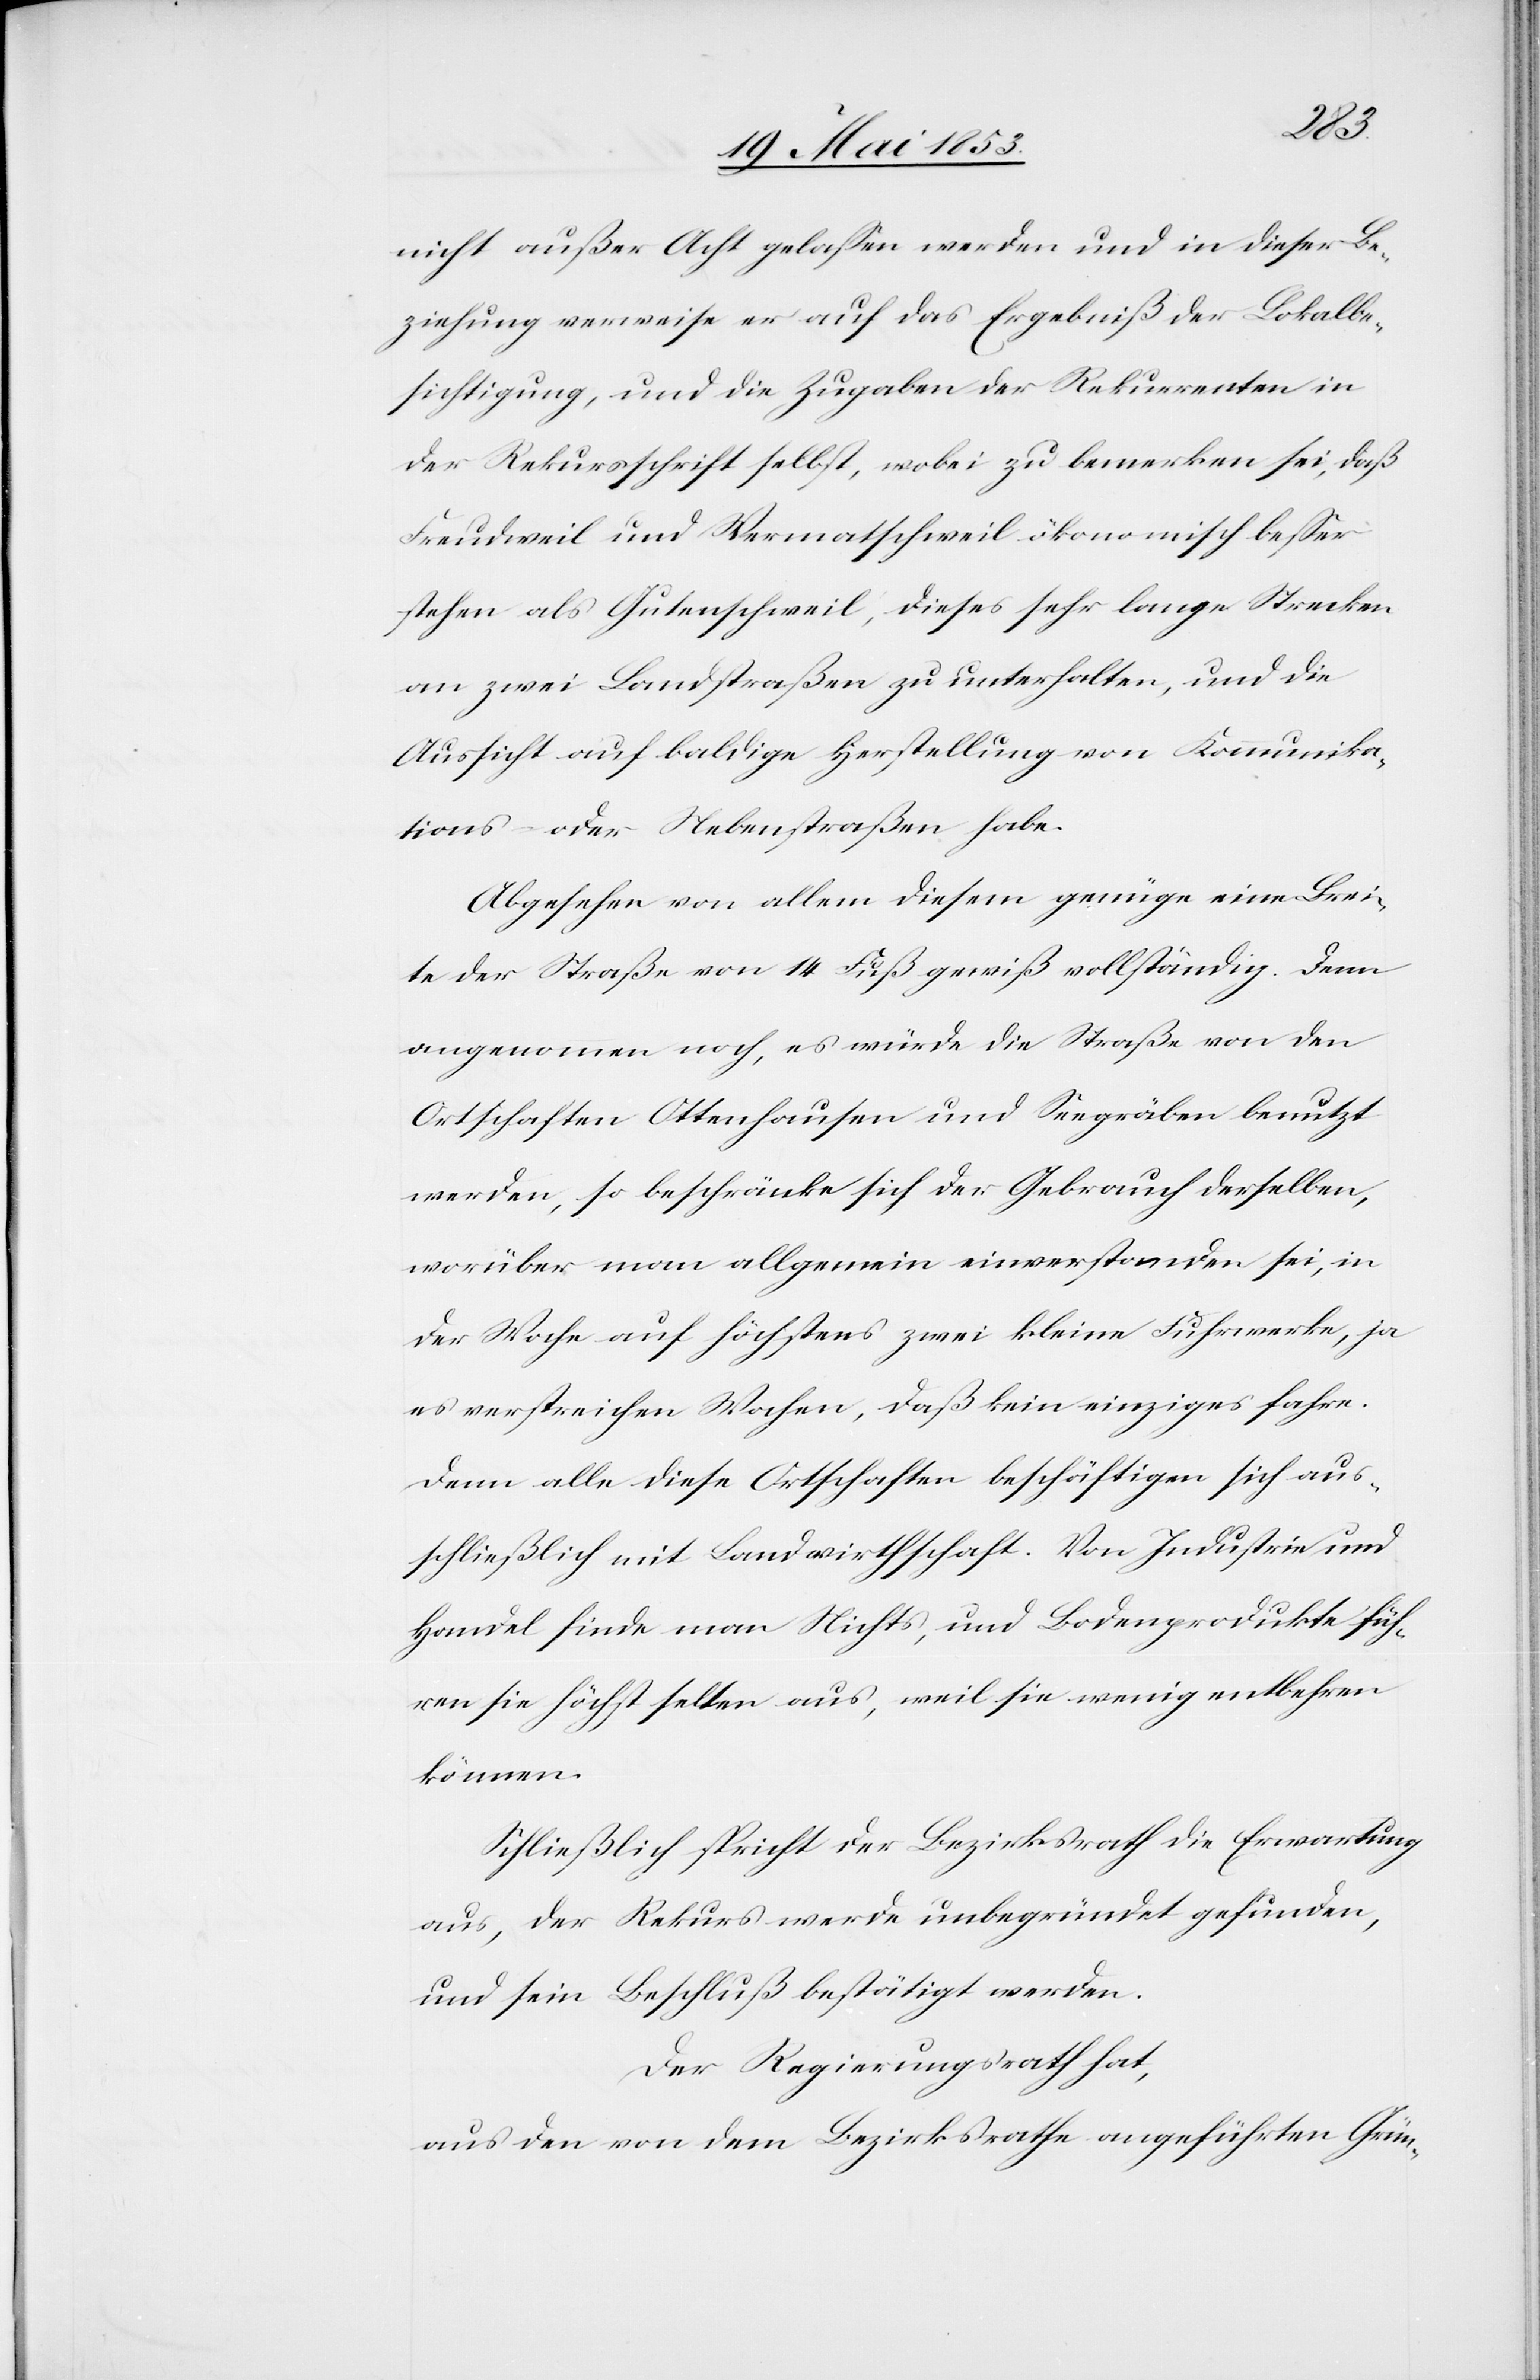
nicht außer Acht gelaßen werden und in dieser Be¬
ziehung verweise er auf das Ergebniß der Lokalbe¬
sichtigung, und die Zugaben der Rekurrenten in
der Rekursschrift selbst, wobei zu bemerken sei, daß
Freudweil und Wermatschweil ökonomisch beßer
stehen als Gutenschweil, dieses sehr lange Strecken
an zwei Landstraßen zu unterhalten, und die
Aussicht auf baldige Herstellung von Kommunika¬
tions- oder Nebenstraßen habe.
Abgesehen von allem diesem genüge eine Brei¬
te der Straße von 14 Fuß gewiß vollständig. Denn
angenommen noch, es würde die Straße von den
Ortschaften Ottenhausen und Seegräben benutzt
werden, so beschränke sich der Gebrauch derselben,
worüber man allgemein einverstanden sei, in
der Woche auf höchstens zwei kleine Fuhrwerke, ja
es verstreichen Wochen, daß kein einziges fahre.
Denn alle diese Ortschaften beschäftigen sich aus¬
schließlich mit Landwirthschaft. Von Industrie und
Handel finde man Nichts, und Bodenprodukte füh¬
ren sie höchst selten aus, weil sie wenig entbehren
können.
Schließlich spricht der Bezirksrath die Erwartung
aus, der Rekurs werde unbegründet gefunden,
und sein Beschluß bestätigt werden.
Der Regierungsrath hat,
aus den von dem Bezirksrathe angeführten Grün-